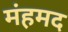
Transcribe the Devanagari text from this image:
मंहमद